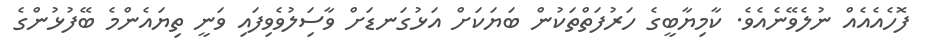
ފޮހެއެއެއް ނުލެވޭނެއެވެ. ކާމިޔާބީގެ ހަރުފަތްތަކުން ބަޔަކަށް އަޅުގަނޑަށް ވާސަިލުވެވިފައި ވަނީ ތިޔައެންމެ ބޭފުޅުންގެ